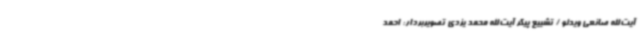
آیت‌الله صانعی ویدئو / تشییع پیکر آیت‌الله محمد یزدی تصویربردار: احمد